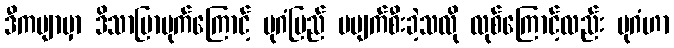
ဒီကဗျာမှာ ဒိသာပြာမုက်ကြောင့် ပုဂံပြည် မပျက်စီးခဲ့သလို လုစ်ကြောင့်လည်း ပုဂံဟာ